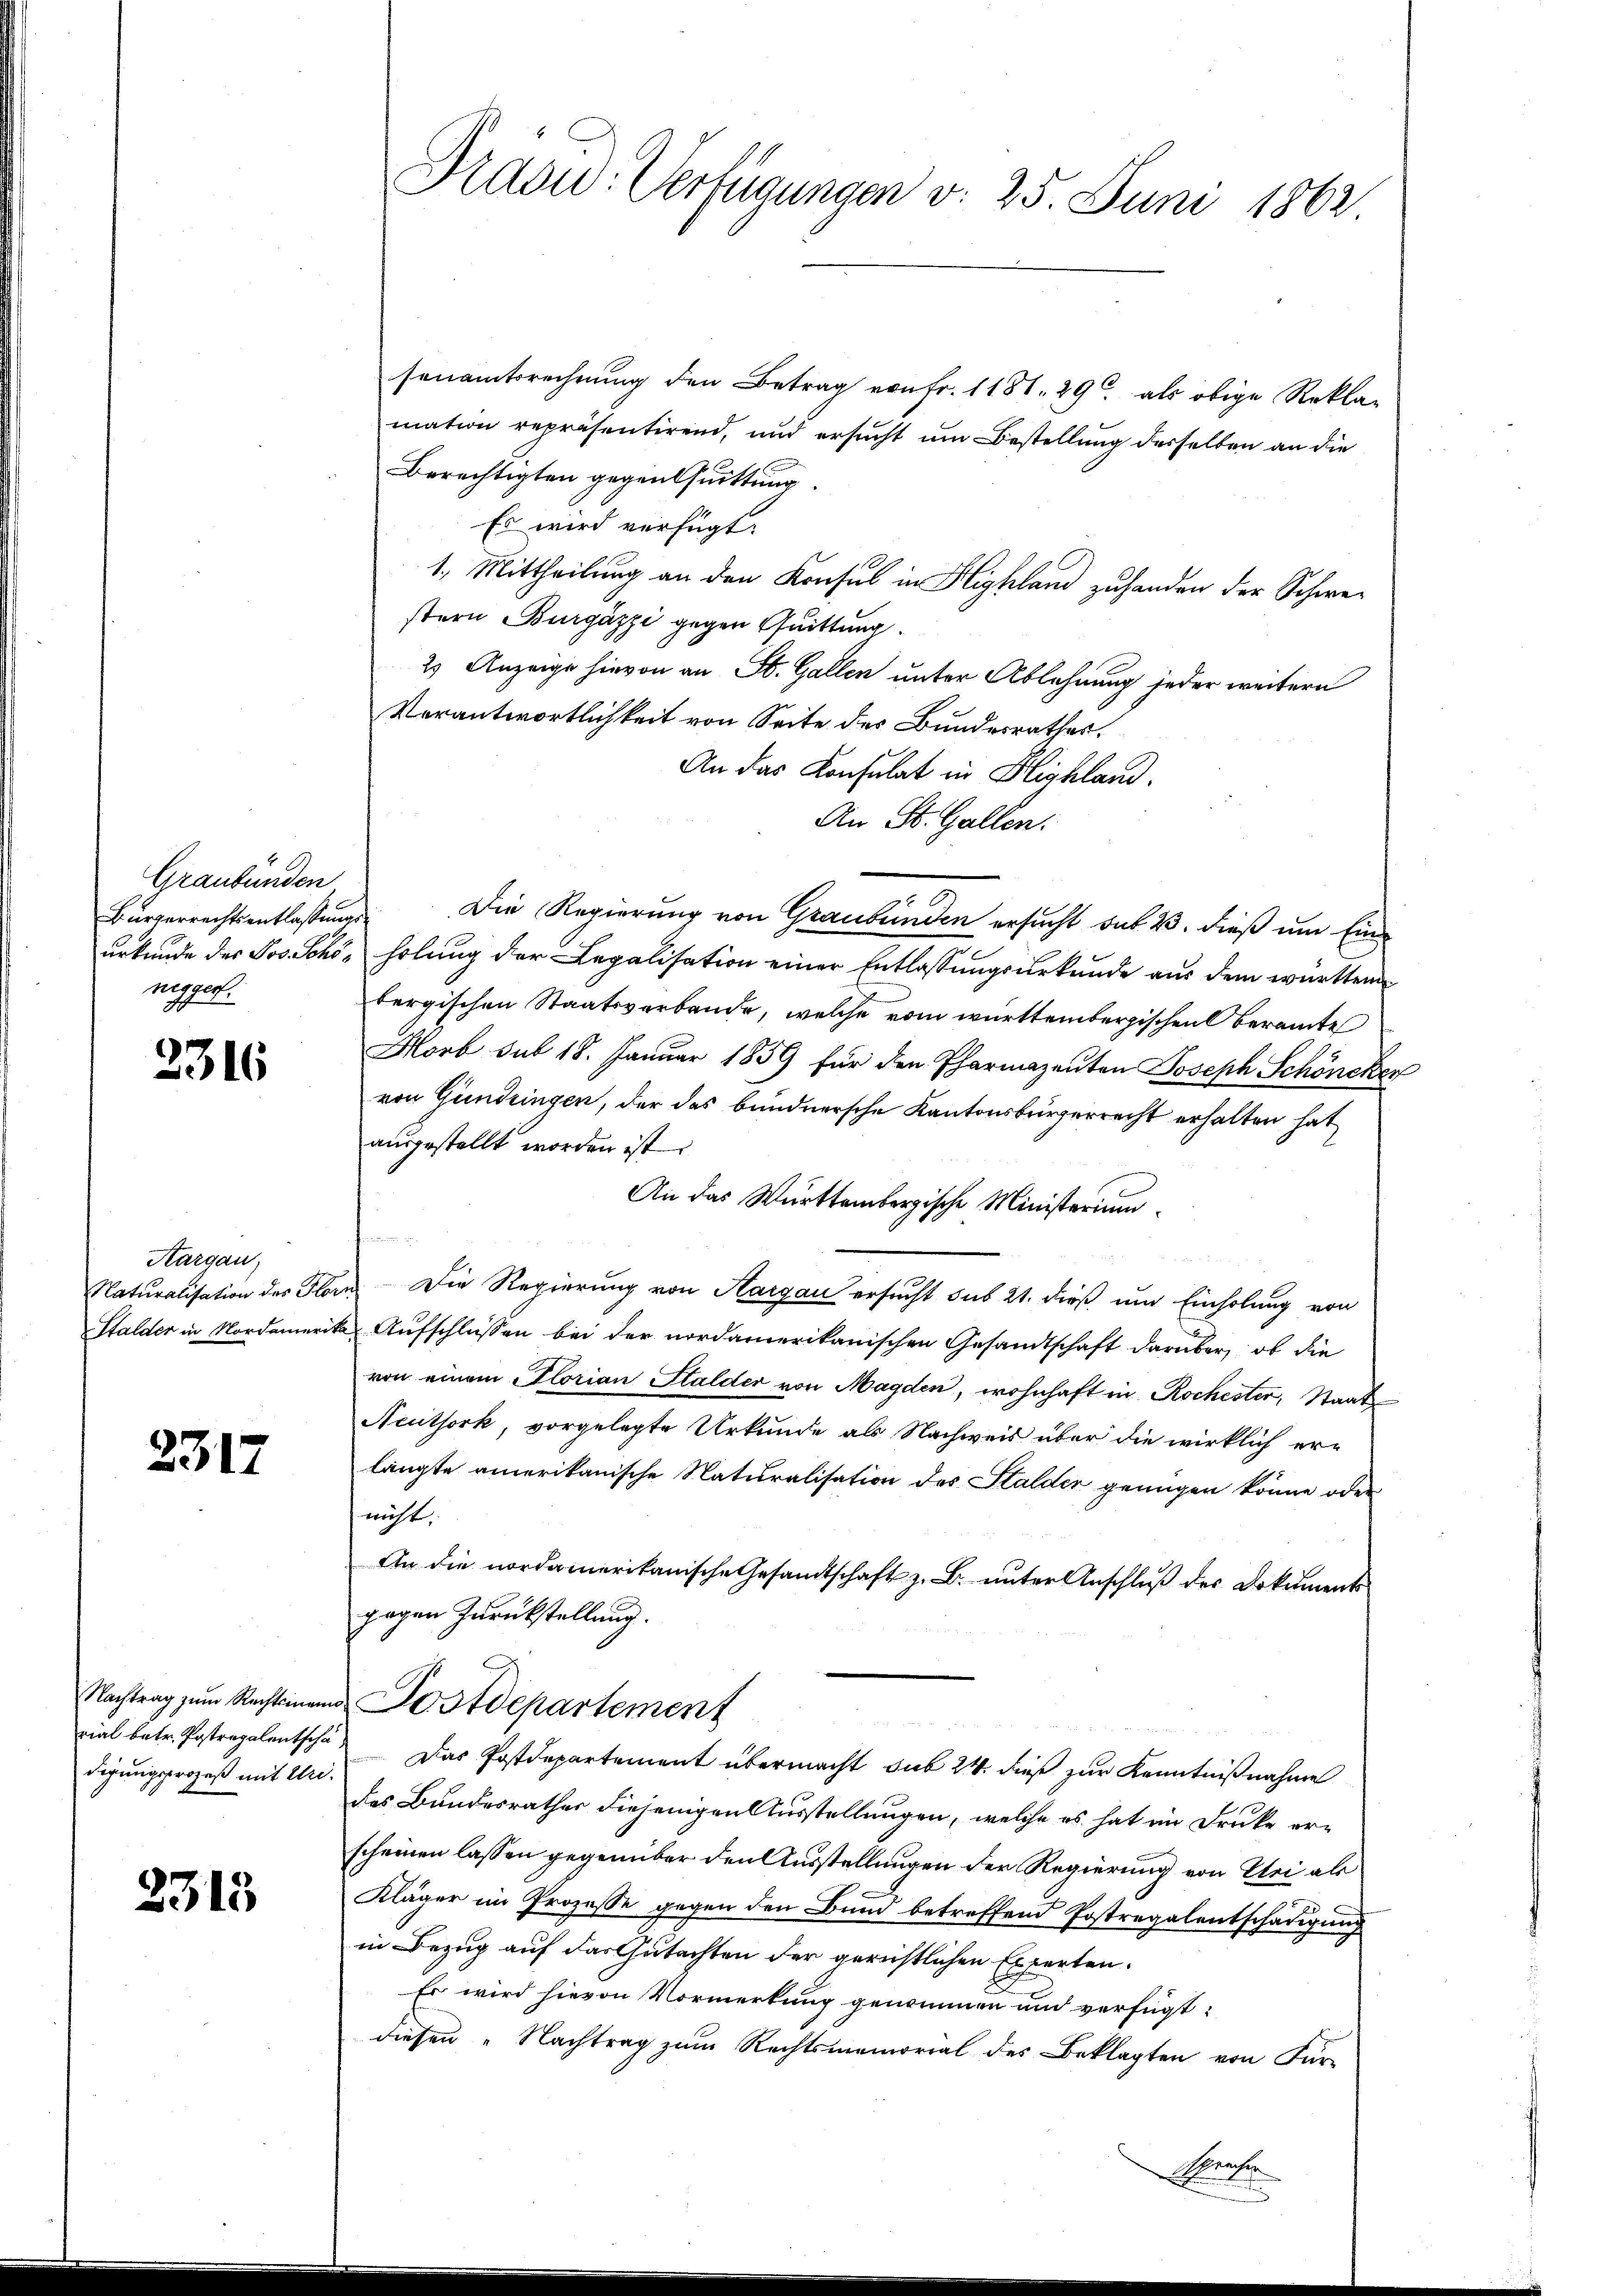
Graubünden
Burgerrechtsentlaßungsnigger.

2316

Aargau,

2317

rial betr. Postregalentscha
digungsprozeß mit Uri.

2315

Dradw. Verfügungen d. 25. Juni 1862.

senamtsrechnung den Betrag von Fr. 1181. 29. als obige Reklamation repräsentirend, und ersŭcht um Bestellung desselben an die
Berechtigten gegensuittung.
Es wird verfügt:
1. Mittheilung an den Konsul in Highland zuhanden der Schwer
stern Bürgäzzi gegen Quittung.
2) Anzeige hievon an St. Gallen unter Ablehnung jeder weitern
Verantwortlichkeit von Seite des Bundesrathes.
An das Konsulat in Blighland.
An St. Gallen.
Die Regierung von Graubünden ersucht sub 2. dieß um Einurkunde des Jos. Schönholung der Legalisation einer Entlassungsurkunde aus dem württem
bergischen Staatsverbande, welche vom württembergischen Oberamte
Horb sub 18. Januar 1859 für den Pharmazenten Joseph Schöneken
von Gündringen, der das bundnersche Kantonsbürgerrecht erhalten hat
ausgestellt worden ist:
An das Württembergische Ministerium
Naturalisation des Florn. Die Regierung von Aargau ersucht sub 21. dieß und Einholung von
Stalder in Nordamerika Aufschlüssen bei der nordamerikanischen Gesandtschaft darüber, ob die
von einem Florian Stalder von Magden, wohnhaft in Rochester, Staat
Neuthork, vorgelegte Urkunde als Nachweis über die wirklich erlängte amerikanische Naturalisation des Stalder genügen könne oder
nicht,
An die nordamerikanische Gesandtschaft z. B. unter Anschluß des Dokuments
gegen Zurückstellung.
Nachtrag zum Rechteinem Postdepartement
Das Postdepartement übermacht sub 24 dies zur Kenntnißnahme
des Bundesrathes diejenigen Ausstellungen, welche es hat im Drucke erscheinen lassen gegenüber den Ausstellungen der Regierung von Sei als
Kläger im Prozesse gegen den Bund betreffend Postregalentschädigung
in Bezug auf das Gutachten der gerichtlichen Experten.
Es wird hievon Vormerkung genommen und verfügt:
diesen „Nachtrag zum Rechtsmemorial des Beklagten von Für-

Spracher
t